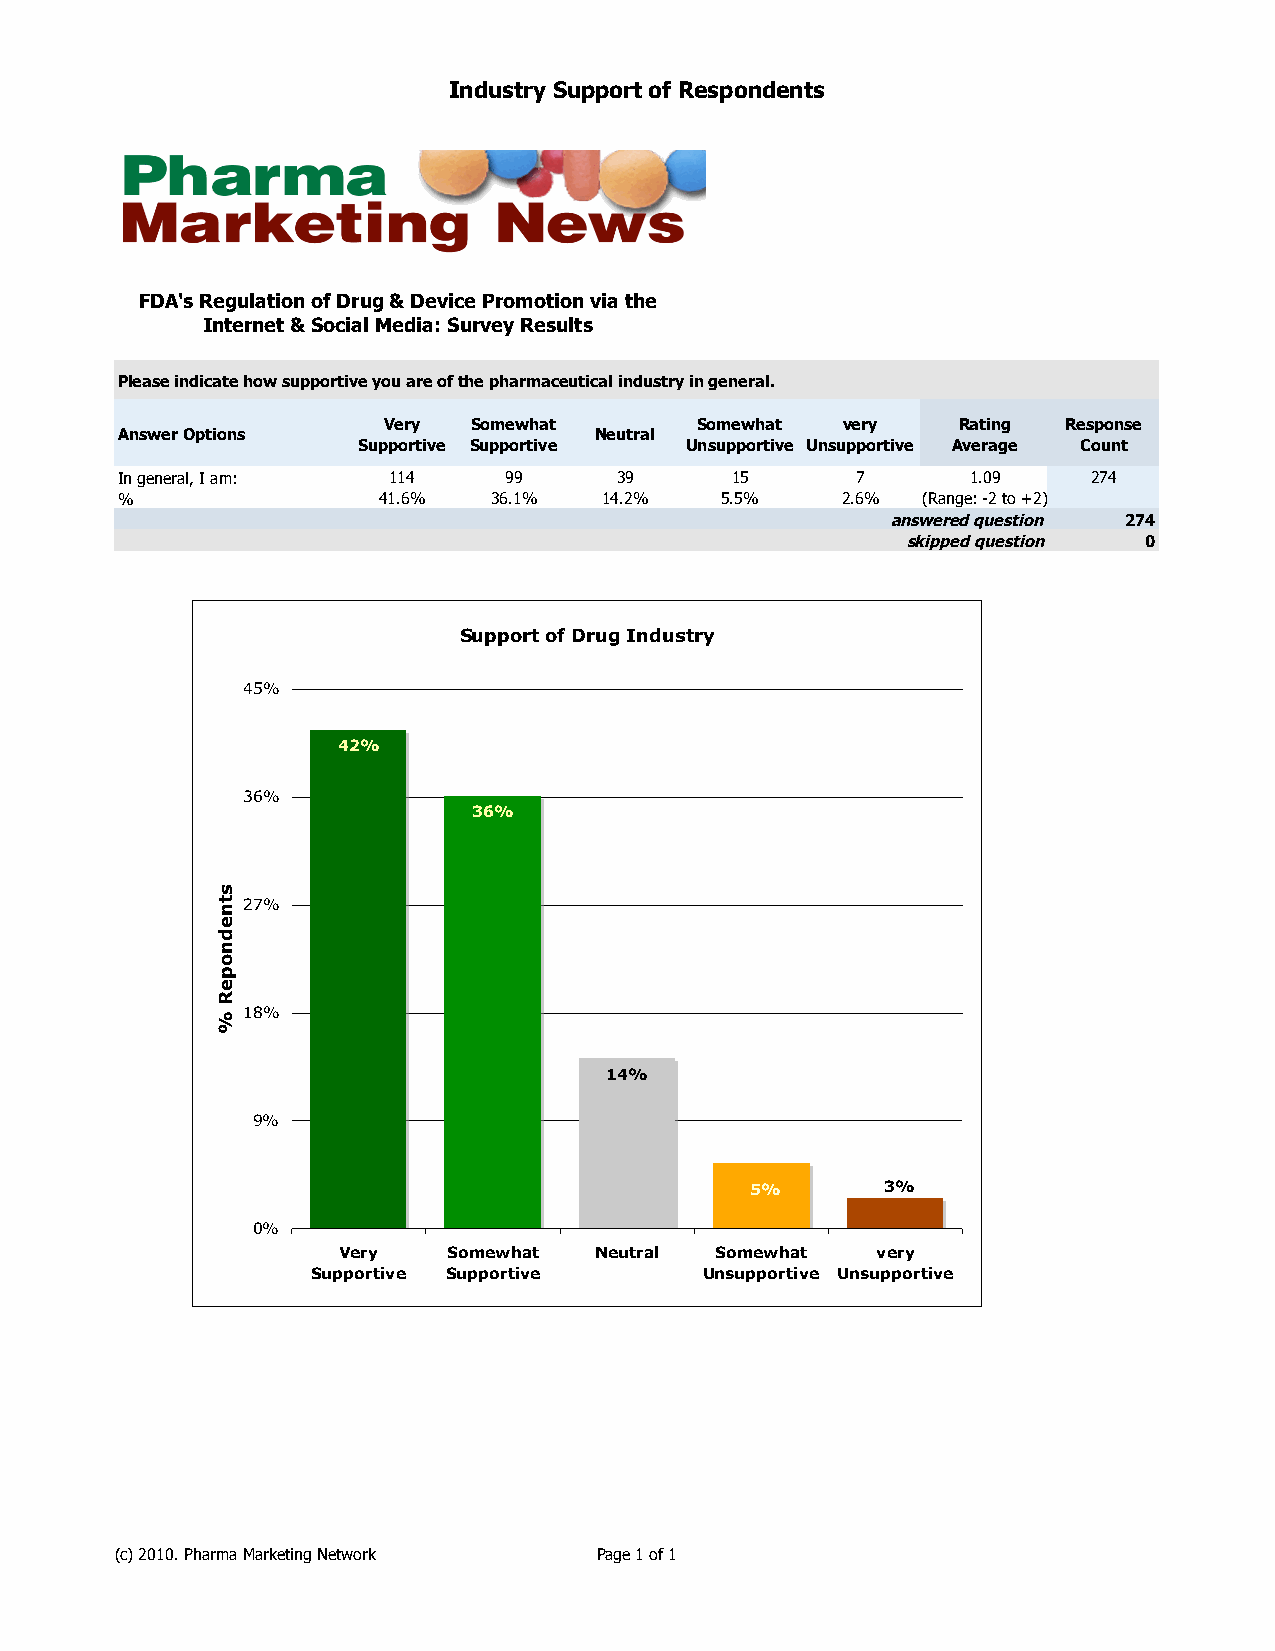
Industry Support of Respondents
 FDA's Regulation of Drug & Device Promotion via the
 Internet & Social Media: Survey Results
 Please indicate how supportive you are of the pharmaceutical industry in general.
 Very  Somewhat       Somewhat  very   Rating  Response
 Answer Options                 Neutral
 Supportive Supportive Unsupportive Unsupportive Average Count
 In general, I am: 114    99      39     15       7      1.09    274
 %                41.6%  36.1%   14.2%   5.5%    2.6% (Range: -2 to +2)
 answered question 274
 skipped question 0
 Support of Drug Industry
 45%
 42%
 36%
 36%
 27%
 18%
 14%
 9%
 5%       3%
 0%
 Very    Somewhat Neutral Somewhat   very
 Supportive Supportive     Unsupportive Unsupportive
 (c) 2010. Pharma Marketing Network Page 1 of 1
 stnednopeR
 %